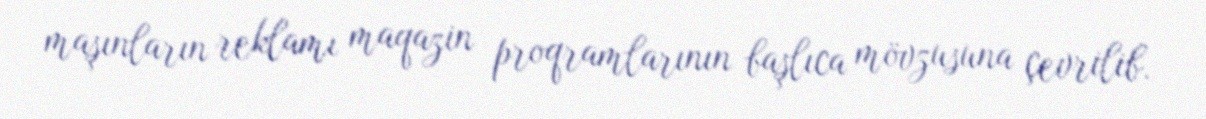
maşınların reklamı maqazin proqramlarının başlıca mövzusuna çevrilib.